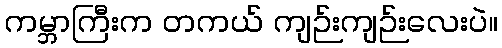
ကမ္ဘာကြီးက တကယ် ကျဉ်းကျဉ်းလေးပဲ။